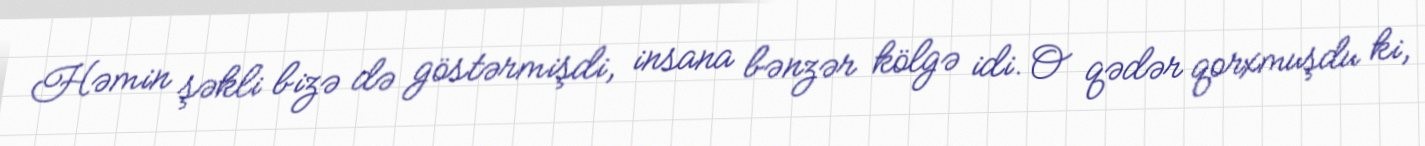
Həmin şəkli bizə də göstərmişdi, insana bənzər kölgə idi. O qədər qorxmuşdu ki,